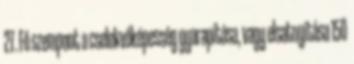
27. Fő szempont a cselekvőképesség gyarapítása, vagy elsatnyítása 150